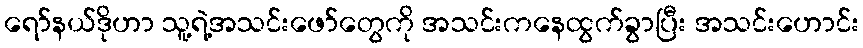
ရော်နယ်ဒိုဟာ သူ့ရဲ့အသင်းဖော်တွေကို အသင်းကနေထွက်ခွာပြီး အသင်းဟောင်း